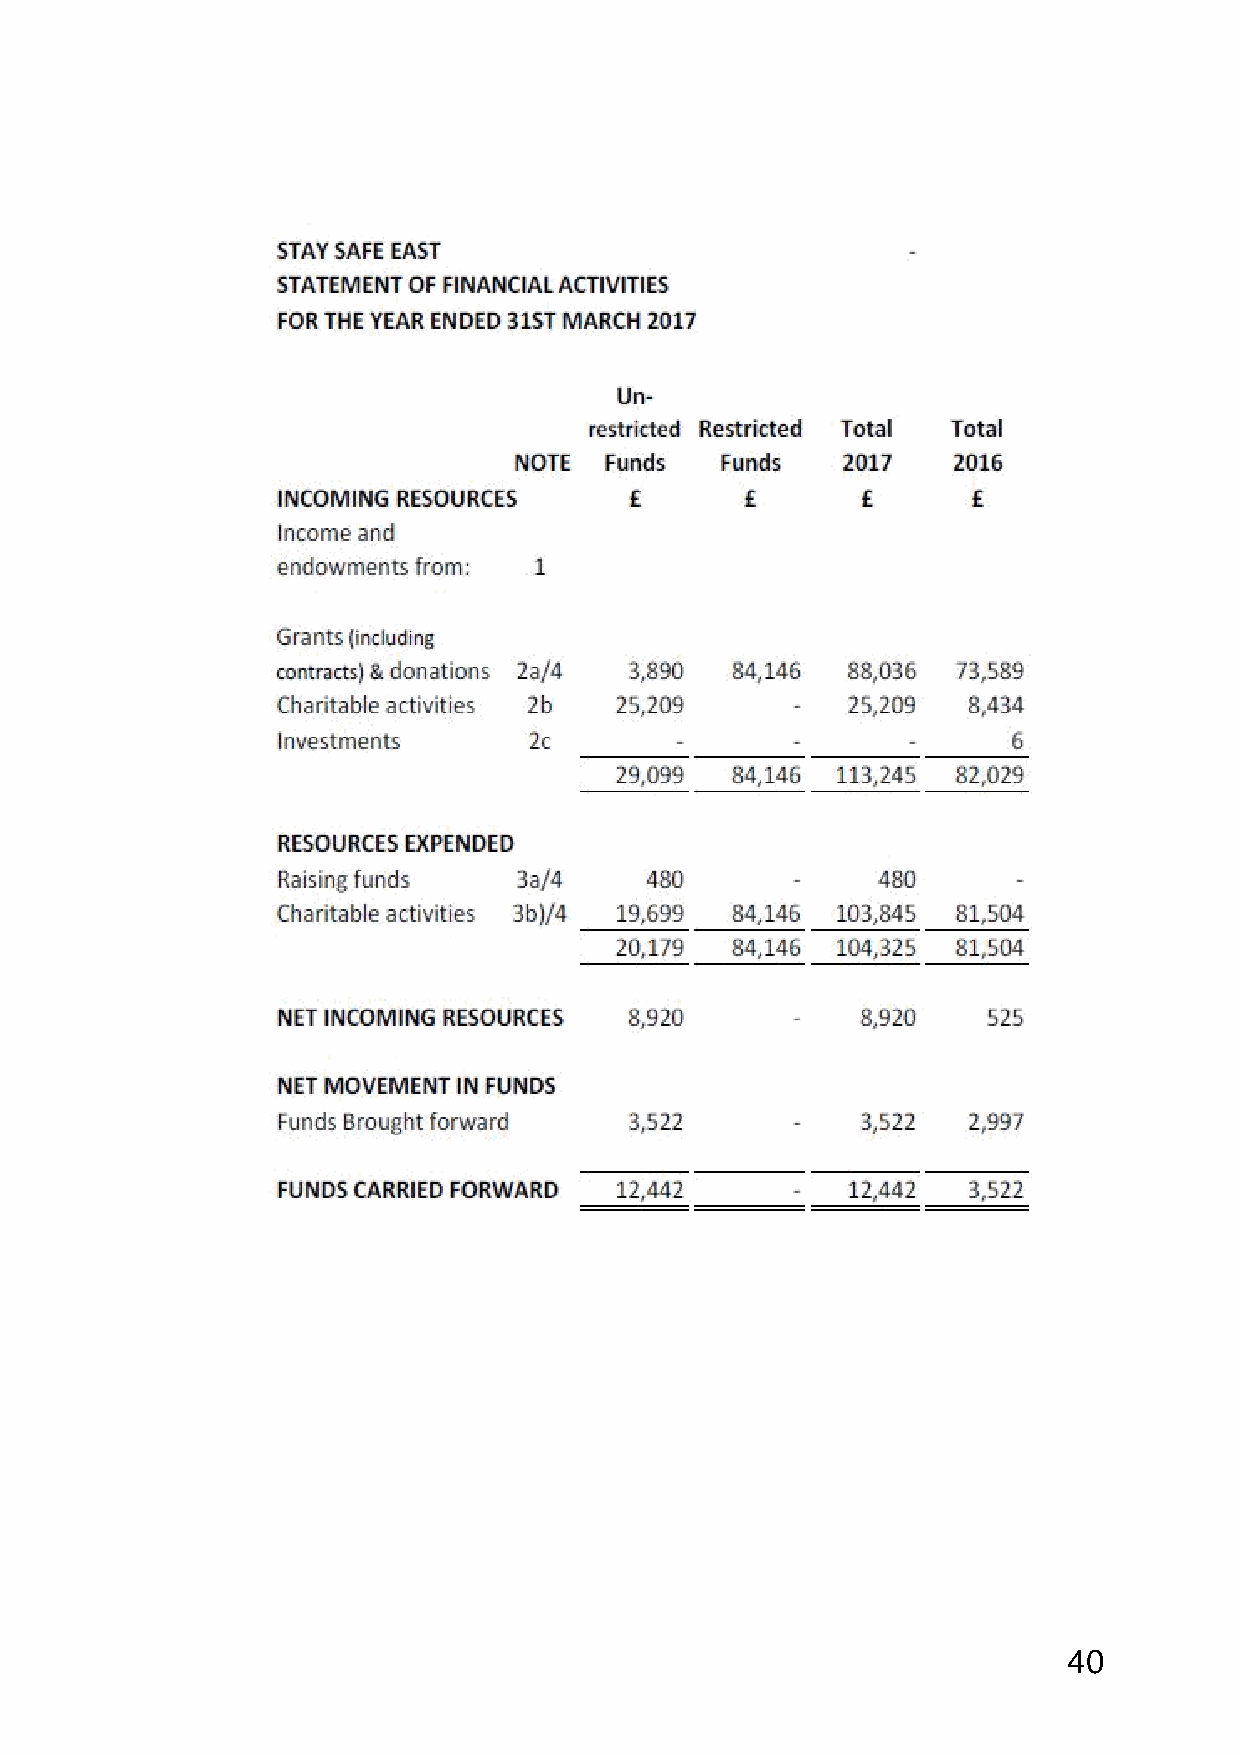
40